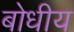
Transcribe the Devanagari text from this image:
बोधीय